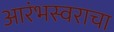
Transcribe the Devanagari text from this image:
आरंभस्वराचा